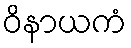
ဝိနာယကံ